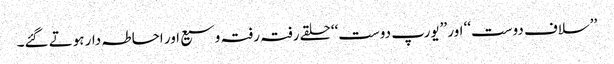
’’سلاف دوست‘‘ اور ’’یورپ دوست‘‘ حلقے رفتہ رفتہ وسیع اور احاطہ دار ہوتے گئے۔